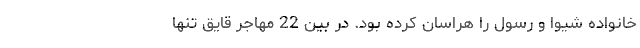
خانواده شیوا و رسول را هراسان کرده بود. در بین 22 مهاجر قایق تنها